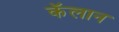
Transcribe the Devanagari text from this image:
कॅलान